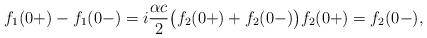
LaTeX: \begin{align*} f_1(0+)-f_1(0-) = i \frac{\alpha c}{2} \big( f_2(0+)+f_2(0-) \big) f_2(0+) = f_2(0-),\end{align*}